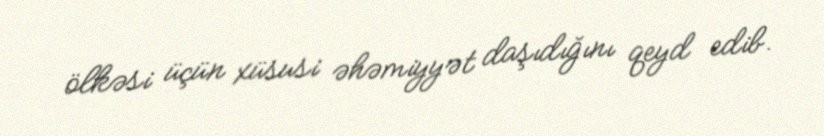
ölkəsi üçün xüsusi əhəmiyyət daşıdığını qeyd edib.